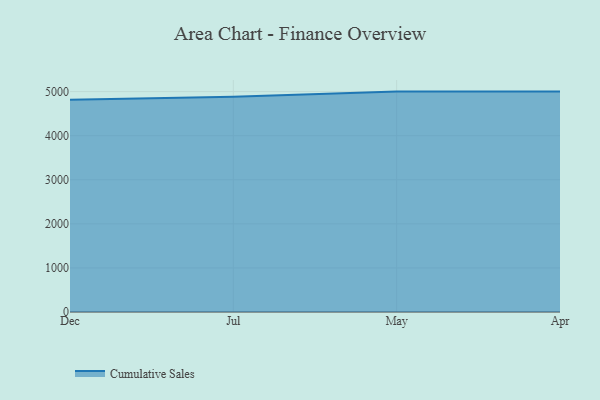
{"axis": {"x": "Month", "y": "Page Views"}, "legend": ["Cumulative Sales"], "data": [{"x": "Dec", "y": 4816.8, "type": "Cumulative Sales"}, {"x": "Jul", "y": 4882.9, "type": "Cumulative Sales"}, {"x": "May", "y": 5000, "type": "Cumulative Sales"}, {"x": "Apr", "y": 5000, "type": "Cumulative Sales"}]}